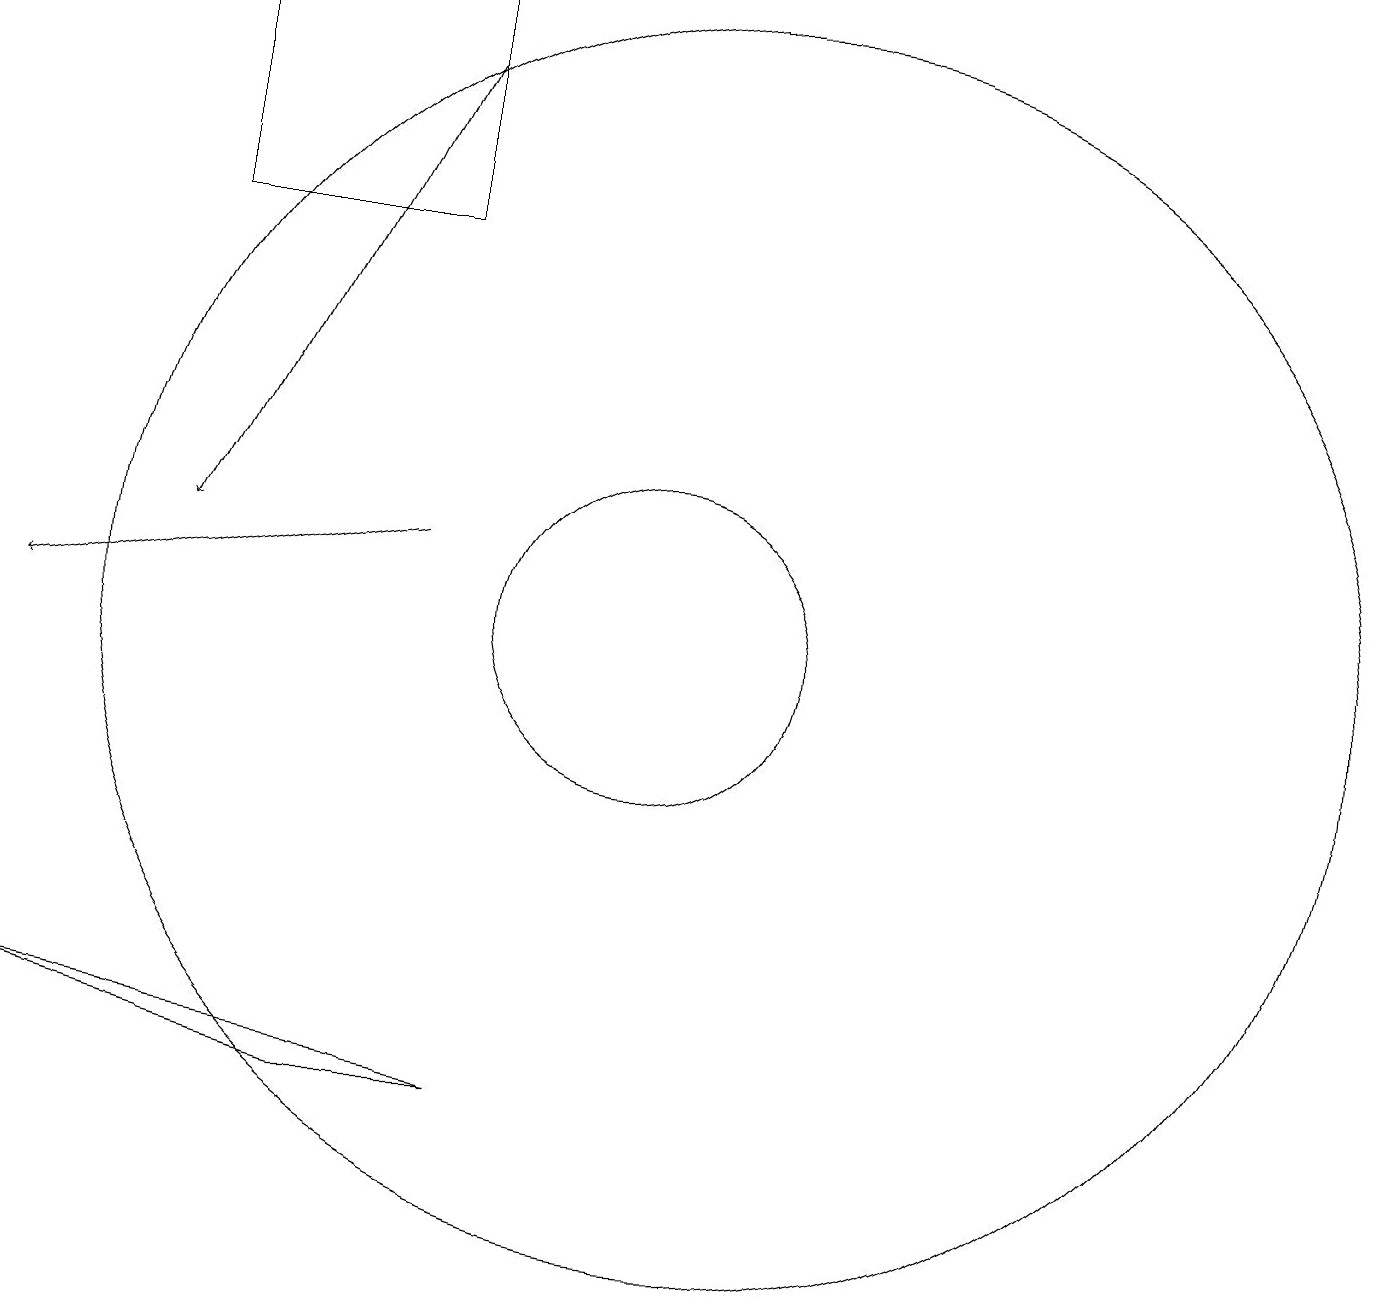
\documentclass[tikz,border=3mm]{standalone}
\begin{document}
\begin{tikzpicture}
\draw (10,10) circle (2);
\draw (4,18) rectangle (7,15);
\draw[->] (7,17) -- (4,11);
\draw[->] (7,11) -- (2,10);
\draw (11,12) circle (0);
\draw (11,10) circle (8);
\draw (6,4) -- (2,5) -- (8,4) -- cycle;
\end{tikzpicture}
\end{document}